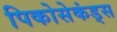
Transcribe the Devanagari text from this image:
पिकोसेकंड्स